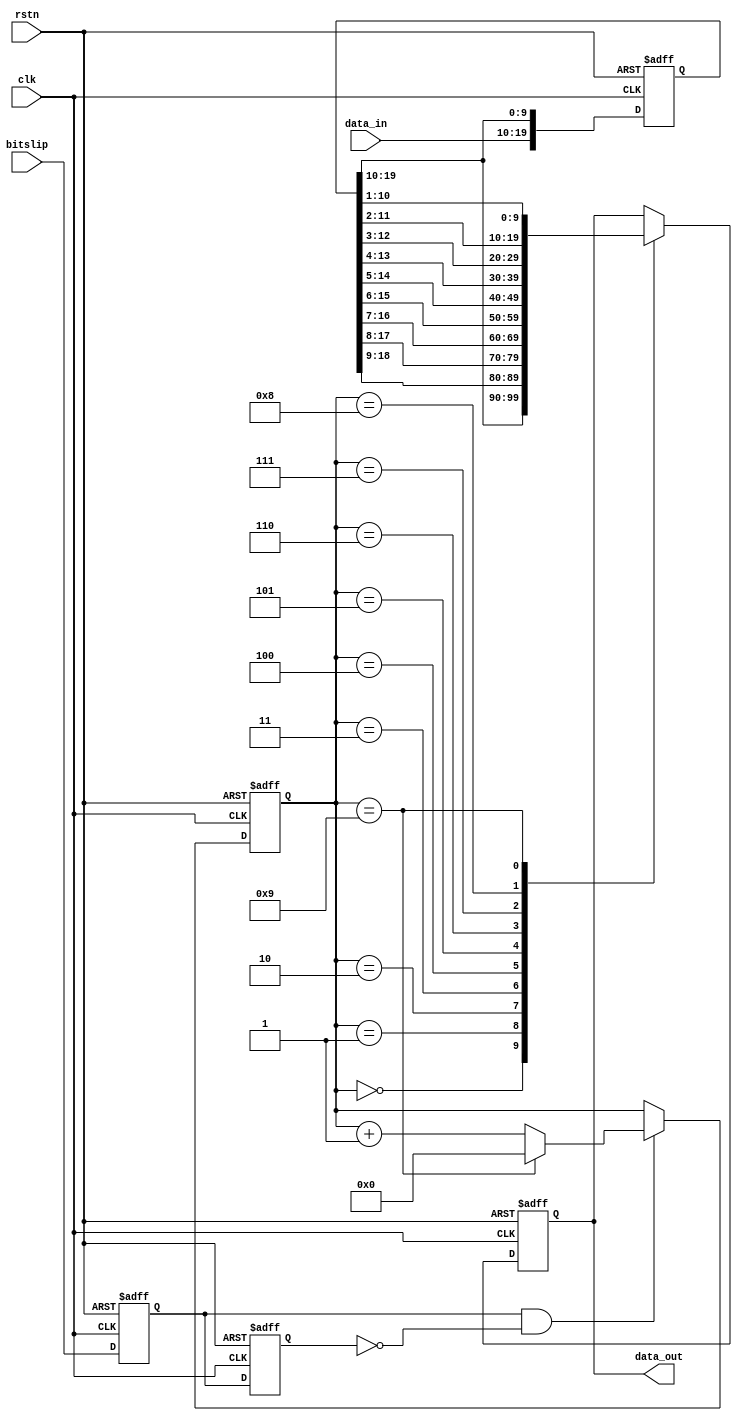


module frame_bitslip (
    input                   clk     ,
    input                   rstn    ,
    input                   bitslip ,
    input           [9:0]   data_in ,
    output reg      [9:0]   data_out
);

    reg     [19:0]  data_buff 	  = 'd0;
    reg             bitslip_dly1  = 'd0;
    reg 						bitslip_dly2  = 'd0;
    reg     [3:0]   Output_switch = 'd0;
    wire 						bitslip_pos ;
    
	assign bitslip_pos = (bitslip_dly1 == 1'b1 & bitslip_dly2 == 1'b0) ;
always @(posedge clk or negedge rstn) begin
    if (!rstn) begin
        bitslip_dly1 <= 1'b0;
        bitslip_dly2 <= 1'b0;
    end else begin
        bitslip_dly1 <= bitslip;
        bitslip_dly2 <= bitslip_dly1;
    end
end


//Output_switch
always @(posedge clk or negedge rstn) begin
    if (!rstn) begin
        Output_switch <= 4'b0;
    end else begin
        if( bitslip_pos ) begin
        
            Output_switch <= Output_switch == 9 ? 0 : Output_switch + 1;
        end else begin
            Output_switch <= Output_switch;
        end
    end
end

always @(posedge clk or negedge rstn) begin
    if (!rstn) begin
        data_buff <= 'd0;
    end else begin
        data_buff <= {data_in,data_buff[19:10]};
    end
end

always @(posedge clk or negedge rstn) begin
    if (!rstn) begin
        data_out <= 8'h00;
    end else begin
        case(Output_switch)
            4'h0: data_out <= data_buff[19:10];
            4'h1: data_out <= data_buff[18:9];
            4'h2: data_out <= data_buff[17:8];
            4'h3: data_out <= data_buff[16:7];
            4'h4: data_out <= data_buff[15:6];
            4'h5: data_out <= data_buff[14:5];
            4'h6: data_out <= data_buff[13:4];
            4'h7: data_out <= data_buff[12:3];  
            4'h8: data_out <= data_buff[11:2];
            4'h9: data_out <= data_buff[10:1];
            default:;
        endcase
    end
end
endmodule